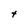
Character: t